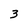
Character: 3